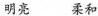
明亮 柔和